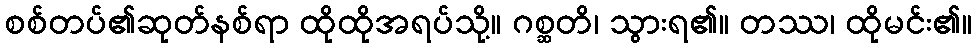
စစ်တပ်၏ဆုတ်နစ်ရာ ထိုထိုအရပ်သို့။ ဂစ္ဆတိ၊ သွားရ၏။ တဿ၊ ထိုမင်း၏။